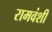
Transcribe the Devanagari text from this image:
रामवंशी